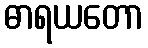
ဓာရယတော